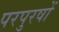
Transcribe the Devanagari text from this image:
परपुरषों